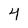
Character: 4